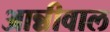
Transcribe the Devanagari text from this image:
आन्नीवाल